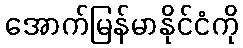
အောက်မြန်မာနိုင်ငံကို